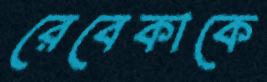
রেবেকাকে